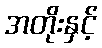
အတိုးနှင့်